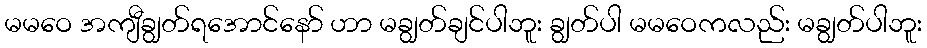
မမဝေ အကျီချွတ်ရအောင်နော် ဟာ မချွတ်ချင်ပါဘူး ချွတ်ပါ မမဝေကလည်း မချွတ်ပါဘူး